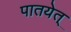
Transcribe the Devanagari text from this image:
पातयेत्